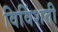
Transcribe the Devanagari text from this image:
विविंशती